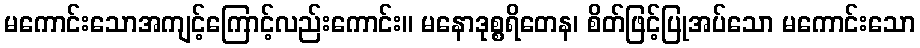
မကောင်းသောအကျင့်ကြောင့်လည်းကောင်း။ မနောဒုစ္စရိတေန၊ စိတ်ဖြင့်ပြုအပ်သော မကောင်းသော